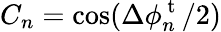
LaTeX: C_{n}=\cos(\Delta\phi_{n}^{\mathrm{~t~}}/2)